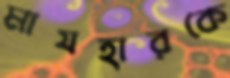
মাযহারকে